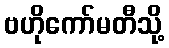
ဗဟိုကော်မတီသို့